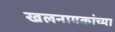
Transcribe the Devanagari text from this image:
खलनायकांच्या